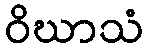
ဝိဃာသံ